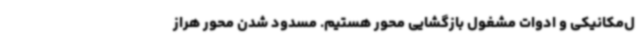
ل‌مکانیکی و ادوات مشغول بازگشایی محور هستیم. مسدود شدن محور هراز